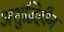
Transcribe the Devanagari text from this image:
अशुद्धिहीन